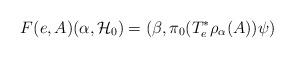
LaTeX: \begin{align*}F(e,A) (\alpha ,{\cal H}_0) = (\beta ,\pi _0 (T^*_e\rho _\alpha (A))\psi )\end{align*}